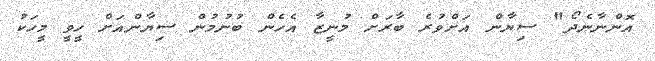
އޮންނާނެދޯ" ސިޔާން އަށްވުރެ ބާރަށް މުނީޒާ އެހެން ބުނުމުން ސިޔާންއަށް ހީވީ މީހަކު